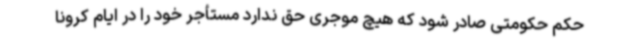
حکم حکومتی صادر شود که هیچ موجری حق ندارد مستأجر خود را در ایام کرونا